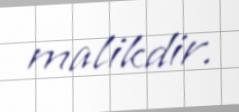
malikdir.